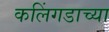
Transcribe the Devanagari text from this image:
कलिंगडाच्या